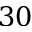
3 0